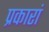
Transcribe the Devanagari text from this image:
प्रकारां